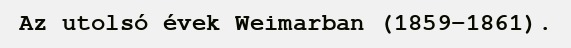
Az utolsó évek Weimarban (1859–1861).